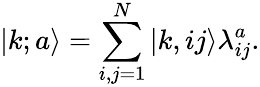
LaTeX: |k;a\rangle=\sum_{i,j=1}^{N}|k,ij\rangle\lambda_{ij}^{a}.